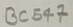
Text: BC547